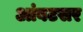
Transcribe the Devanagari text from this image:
आंबटसर